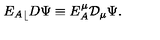
{ { E _ { A } } _ { \lfloor } } D \Psi \equiv E ^ { \mu } _ { A } { \cal D } _ { \mu } \Psi .